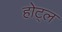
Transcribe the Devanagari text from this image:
होट्ल